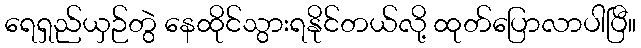
ရေရှည်ယှဉ်တွဲ နေထိုင်သွားရနိုင်တယ်လို့ ထုတ်ပြောလာပါပြီ။